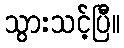
သွားသင့်ပြီ။